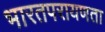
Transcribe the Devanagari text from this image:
भारतपरायणता